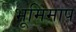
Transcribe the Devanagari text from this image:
भूमिमाप